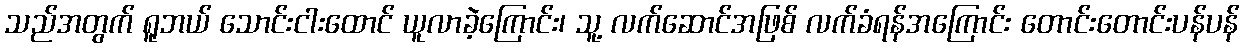
သည်အတွက် ရူဘယ် သောင်းငါးထောင် ယူလာခဲ့ကြောင်း၊ သူ့ လက်ဆောင်အဖြစ် လက်ခံရန်အကြောင်း တောင်းတောင်းပန်ပန်